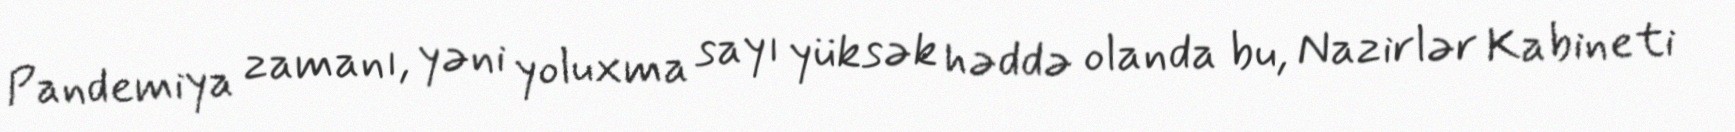
Pandemiya zamanı, yəni yoluxma sayı yüksək həddə olanda bu, Nazirlər Kabineti